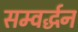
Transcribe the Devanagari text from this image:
सम्वर्द्धन